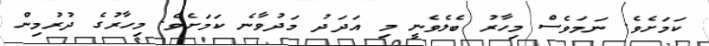
ކަމަށެވެ. ނަމަވެސް މިހާރު ބެލެވެނީ މި އަދަދު މަދުވާނެ ކަމަށެވެ. މިހާރުގެ ދުރުމިން